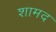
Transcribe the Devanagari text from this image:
शामद